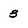
Character: 3